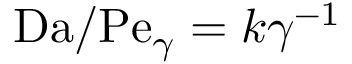
\mathrm { D a } / \mathrm { P e } _ { \gamma } = k \gamma ^ { - 1 }